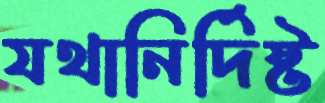
যথানির্দিষ্ট